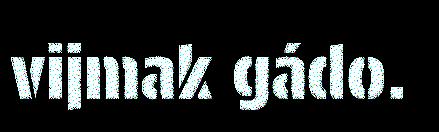
vijmak gádo.